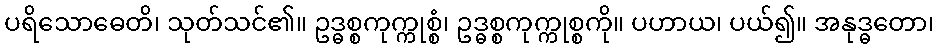
ပရိသောဓေတိ၊ သုတ်သင်၏။ ဥဒ္ဓစ္စကုက္ကုစ္စံ၊ ဥဒ္ဓစ္စကုက္ကုစ္စကို။ ပဟာယ၊ ပယ်၍။ အနုဒ္ဓတော၊